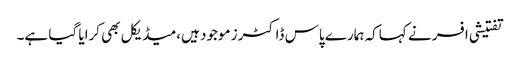
تفتیشی افسر نے کہاکہ ہمارے پاس ڈاکٹرز موجود ہیں،میڈیکل بھی کرایا گیا ہے۔